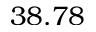
3 8 . 7 8